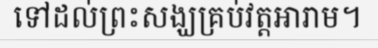
ទៅដល់ព្រះសង្ឃគ្រប់វត្តអារាម។